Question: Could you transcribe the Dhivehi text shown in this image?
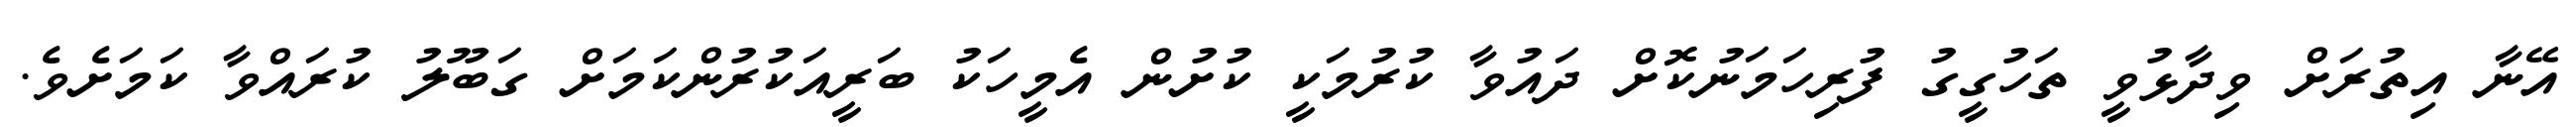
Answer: އޭނާ އިތުރަށް ވިދާޅުވީ ތަހުގީގު ފުރިހަމަނުކޮށް ދައުވާ ކުރުމަކީ ކުށުން އެމީހަކު ބަރީއަކުރުންކަމަށް ގަބޫލު ކުރައްވާ ކަމަށެވެ.